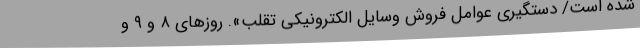
شده است/ دستگیری عوامل فروش وسایل الکترونیکی تقلب». روزهای ۸ و ۹ و